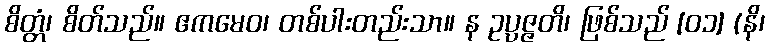
စိတ္တံ၊ စိတ်သည်။ ဧကမေဝ၊ တစ်ပါးတည်းသာ။ န ဥပ္ပဇ္ဇတိ၊ ဖြစ်သည် [၀၁] (နိ၊